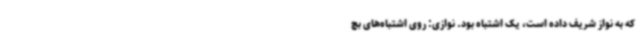
که به نواز شریف داده است، یک اشتباه بود. نوازی: روی اشتباه‌های بچ